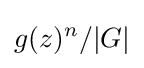
g(z)^{n}/|G|